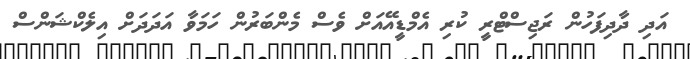
އަދި ދާދިފަހުން ރަޖިސްޓްރީ ކުރި އެމްޑީއޭއަށް ވެސް މެންބަރުން ހަމަވާ އަދަދަށް އިލެކްޝަންސް